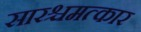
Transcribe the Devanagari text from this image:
सारश्चमत्कार